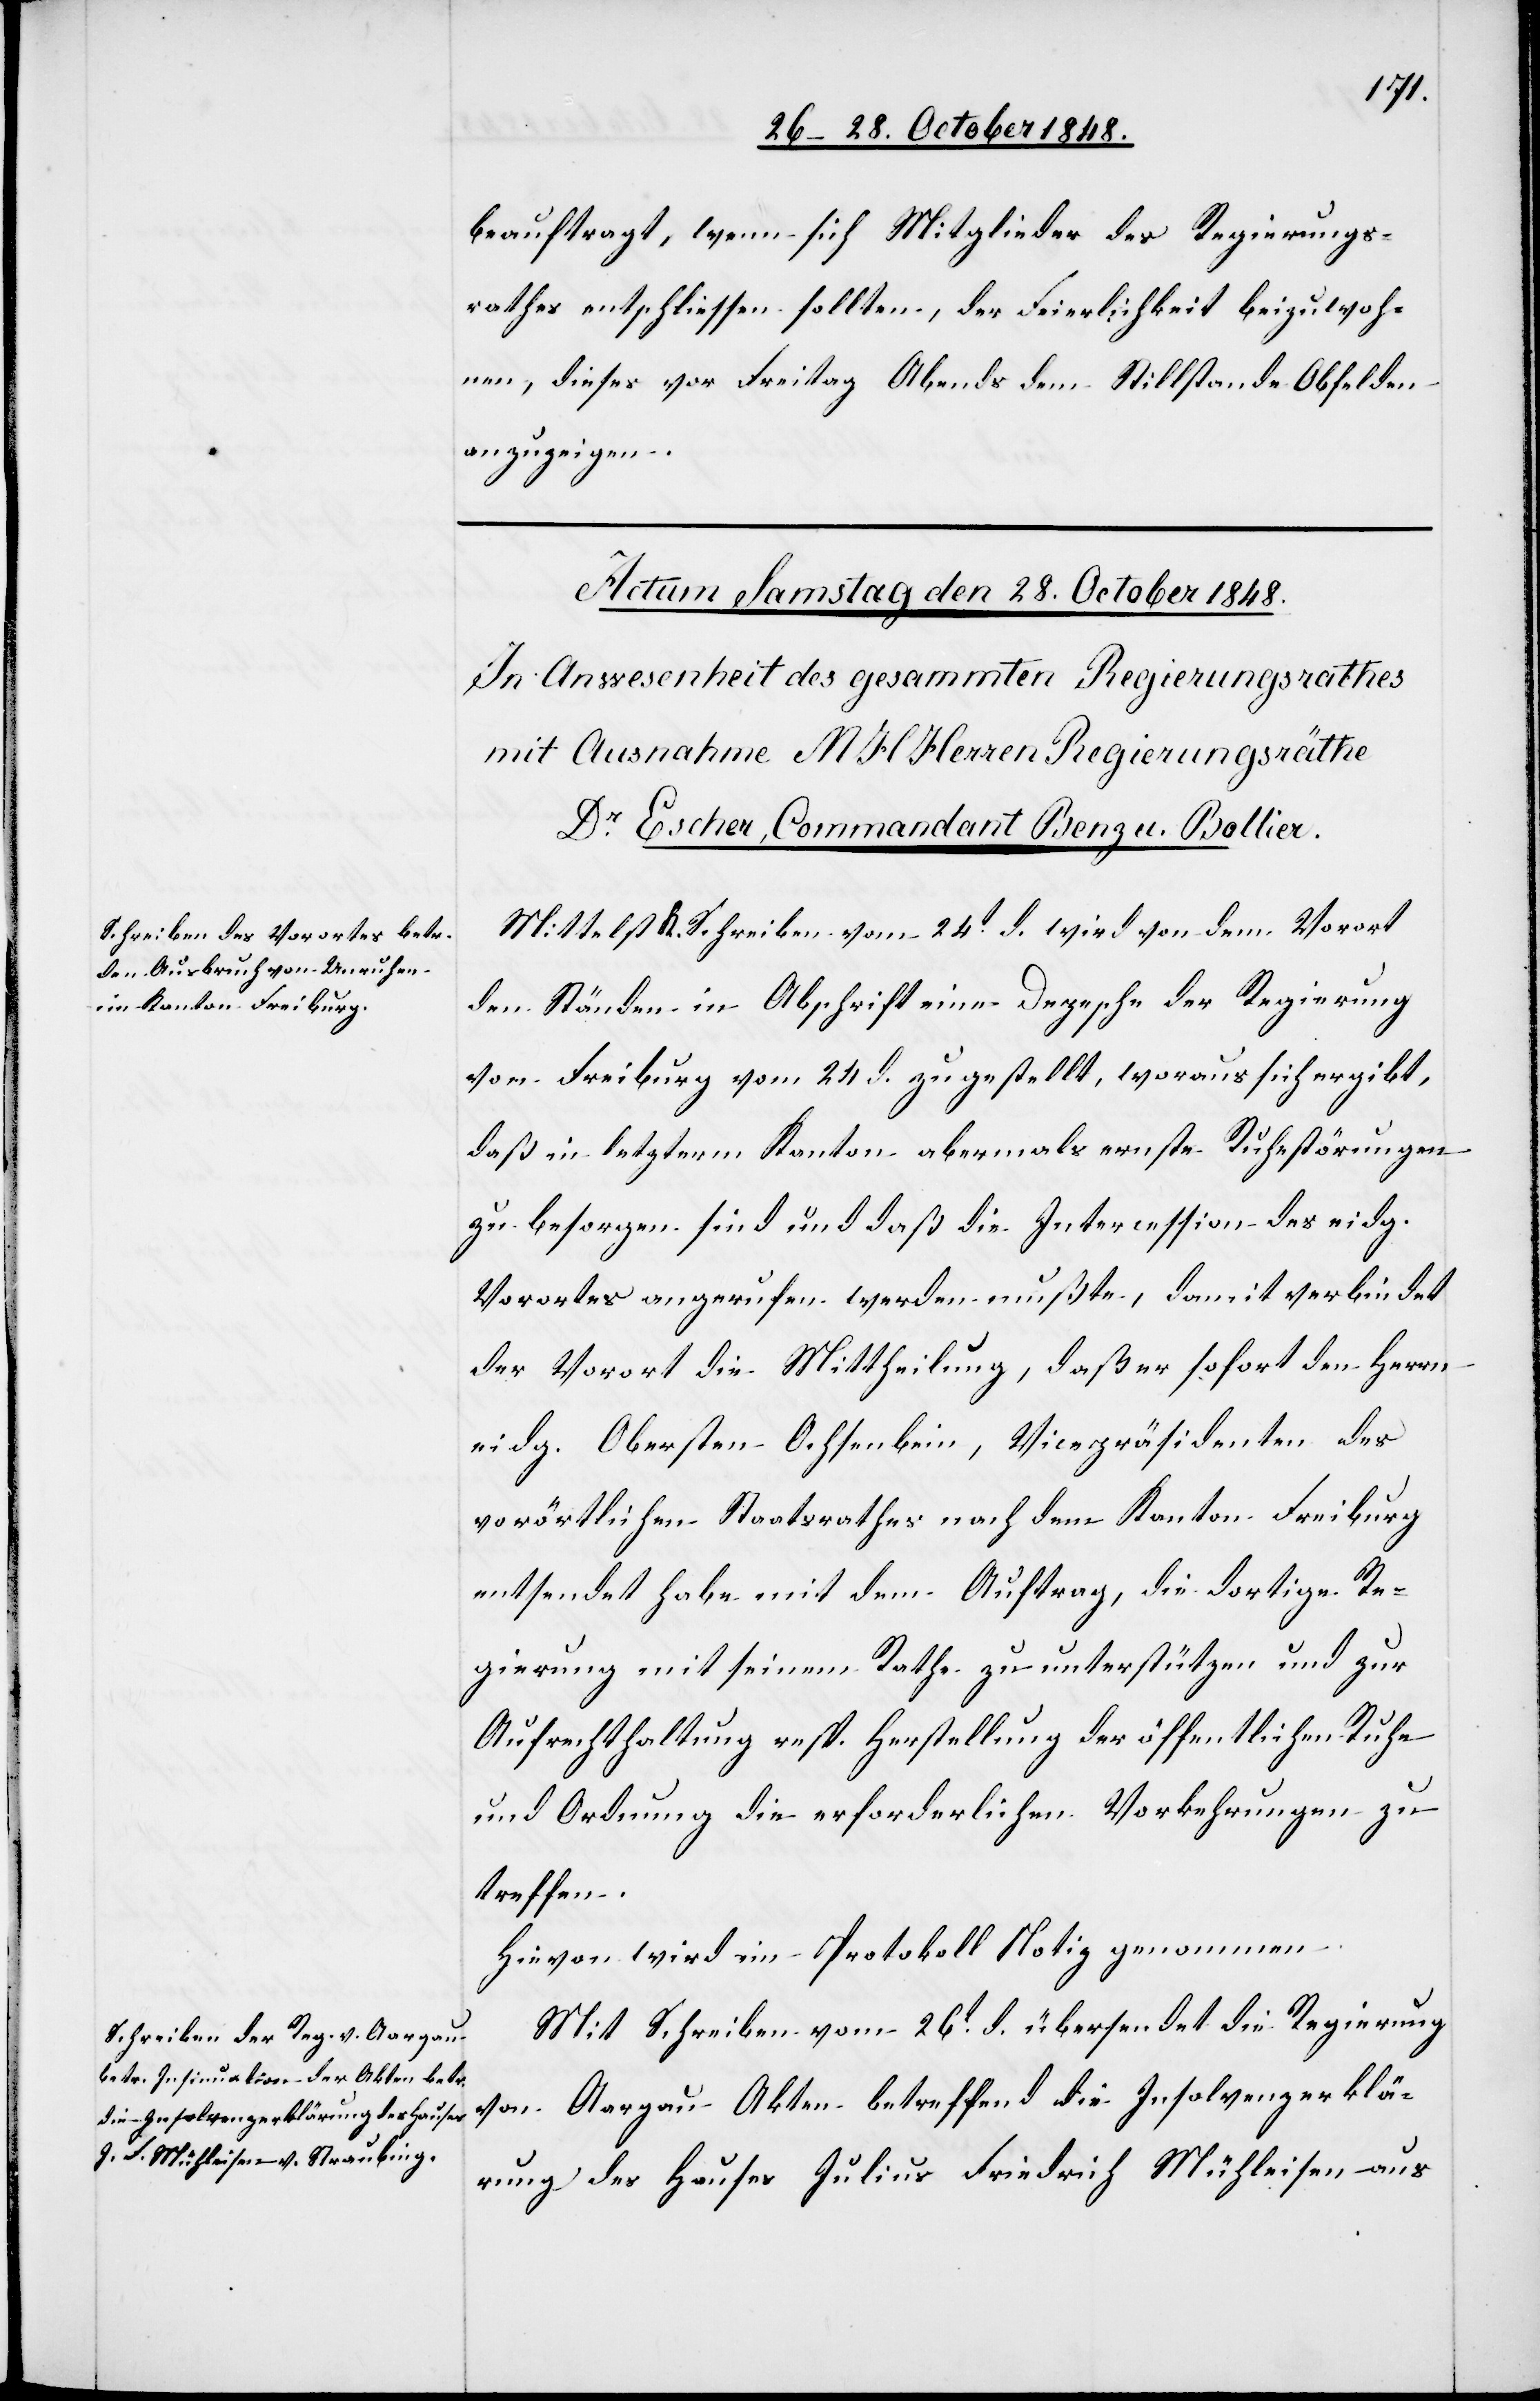
beauftragt, wenn sich Mitglieder des Regierungs¬
rathes entschliessen sollten, der Feierlichkeit beizuwoh¬
nen, dieses vor Freitag Abends dem Stillstande Obfelden
anzuzeigen.
Mittelst K. Schreiben vom 24t d. wird von dem Vorort
den Ständen in Abschrift eine Depesche der Regierung
von Freiburg vom 24. d. zugestellt, woraus sich ergibt,
daß in letzterm Kanton abermals ernste Ruhestörungen
zu besorgen sind und daß die Intercession des eidg.
Vorortes angerufen werden mußte, damit verbindet
der Vorort die Mittheilung, daß er sofort den Herrn
eidg. Obersten Ochsenbein, Vicepräsidenten des
vorörtlichen Staatsrathes nach dem Kanton Freiburg
entsendet habe mit dem Auftrag, die dortige Re¬
gierung mit seinem Rathe zu unterstützen und zur
Aufrechthaltung resp. Herstellung der öffentlichen Ruhe
und Ordnung die erforderlichen Vorkehrungen zu
treffen.
Hievon wird im Protokoll Notiz genommen.
Mit Schreiben vom 26t d. übersendet die Regierung
von Aargau Akten betreffend die Insolvenzerklä¬
rung des Hauses Julius Friedrich Mühleisen aus